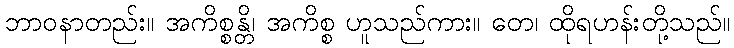
ဘာဝနာတည်း။ အကိစ္စန္တိ၊ အကိစ္စ ဟူသည်ကား။ တေ၊ ထိုရဟန်းတို့သည်။